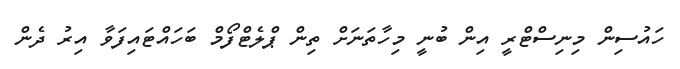
ހައުސިން މިނިސްޓްރީ އިން ބުނީ މިހާތަނަށް ތިން ޕްލެޓްފޯމް ބަހައްޓައިފަވާ އިރު ދެން